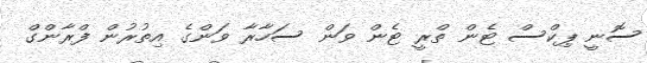
ސޮނީ ޕިކްސް ޓެން ތްރީ ޓެން ވަން ސަހާރާ ވަންގެ އިތުރުން ފްރާންގް